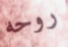
روحه